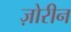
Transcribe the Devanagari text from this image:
ज़ोरीन